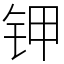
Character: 钾